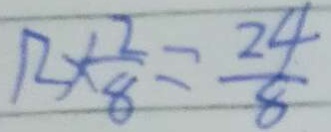
1 2 \times \frac { 2 } { 8 } = \frac { 2 4 } { 8 }